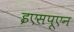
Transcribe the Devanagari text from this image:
इएसपूएन